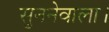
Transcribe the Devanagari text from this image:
सुननेवाला।